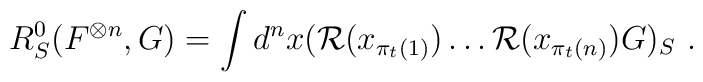
R^0_S(F^{\otimes n},G)=\int d^n x ({\mathcal R}(x_{\pi_t(1)})\ldots     {\mathcal R}(x_{\pi_t(n)})G)_S \ .